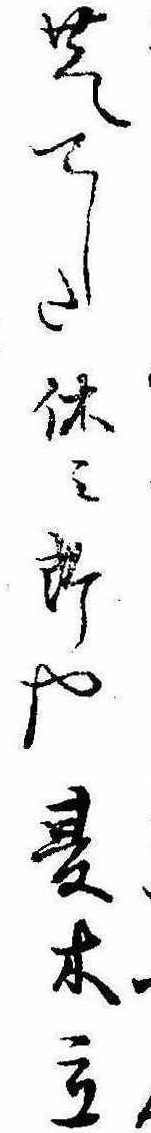
芝てした休み所や夏木立